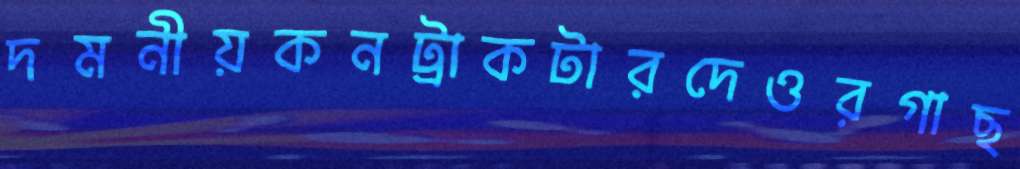
দমনীয়কনট্রাকটারদেওরগাছ